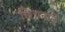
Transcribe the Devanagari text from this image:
छिचनाने